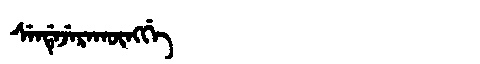
Manchu: ᠰᡝᠨᡩᡝᠵᡝᡵᠠᡴᡡᠩᡤᡝ
Romanization: SENDEJERAKŪNGGE